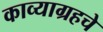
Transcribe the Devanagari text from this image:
काव्याग्रहचे